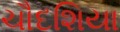
ચૌદશિયા